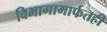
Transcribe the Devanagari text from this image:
विभागामार्फतही